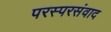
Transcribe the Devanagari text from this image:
परस्परसंवाद